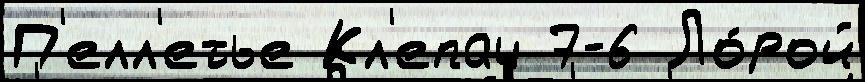
П'елл'етье Кл'епач 7-6 Ло́рой